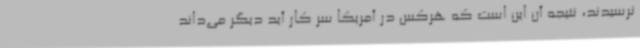
نرسیدند، نتیجه آن این است که هرکس در آمریکا سر کار آید دیگر می‌داند